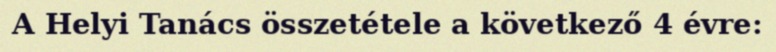
A Helyi Tanács összetétele a következő 4 évre: